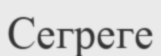
Сегреге